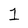
Character: 1